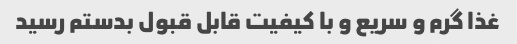
غذا گرم و سریع و با کیفیت قابل قبول بدستم رسید